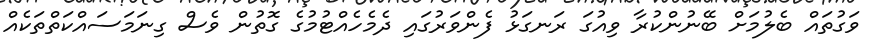
ވަގުތައް ބެލުމަށް ބޭނުންކުރާ ވިއުގަ ރަނގަޅު ފެންވަރުގައި ދެމެހެއްޓުމުގެ ގޮތުން ވެސް ގިނަމަސައްކަތްތަކެއް